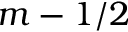
m - 1 / 2